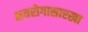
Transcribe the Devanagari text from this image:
क्षयरोगासारखा